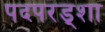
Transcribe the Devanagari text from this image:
पदपरड्शा